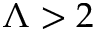
\Lambda > 2